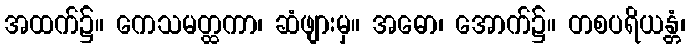
အထက်၌။ ကေသမတ္ထကာ၊ ဆံဖျားမှ။ အဓော၊ အောက်၌။ တစပရိယန္တံ၊